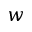
w